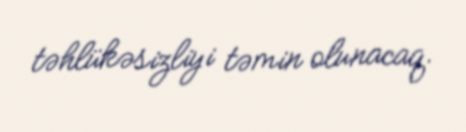
təhlükəsizliyi təmin olunacaq.